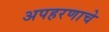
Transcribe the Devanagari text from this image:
अपहरणाचे